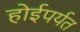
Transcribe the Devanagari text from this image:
होईपर्यत